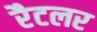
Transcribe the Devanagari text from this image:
रैटलर